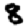
Digit: 8